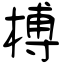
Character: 榑